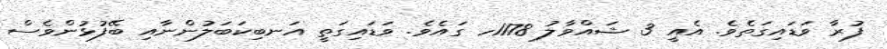
ފުރާ ވަޑައިގަތެވެ. އެއީ 3 ޝައްވާލު 1178ހ ގައެވެ. ވަޑައިގަތީ އަނބިކަބަލުންނާއި ބޭފުޅުންވެސް